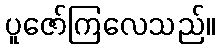
ပူဇော်ကြလေသည်။